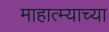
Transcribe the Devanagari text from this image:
माहात्म्याच्या